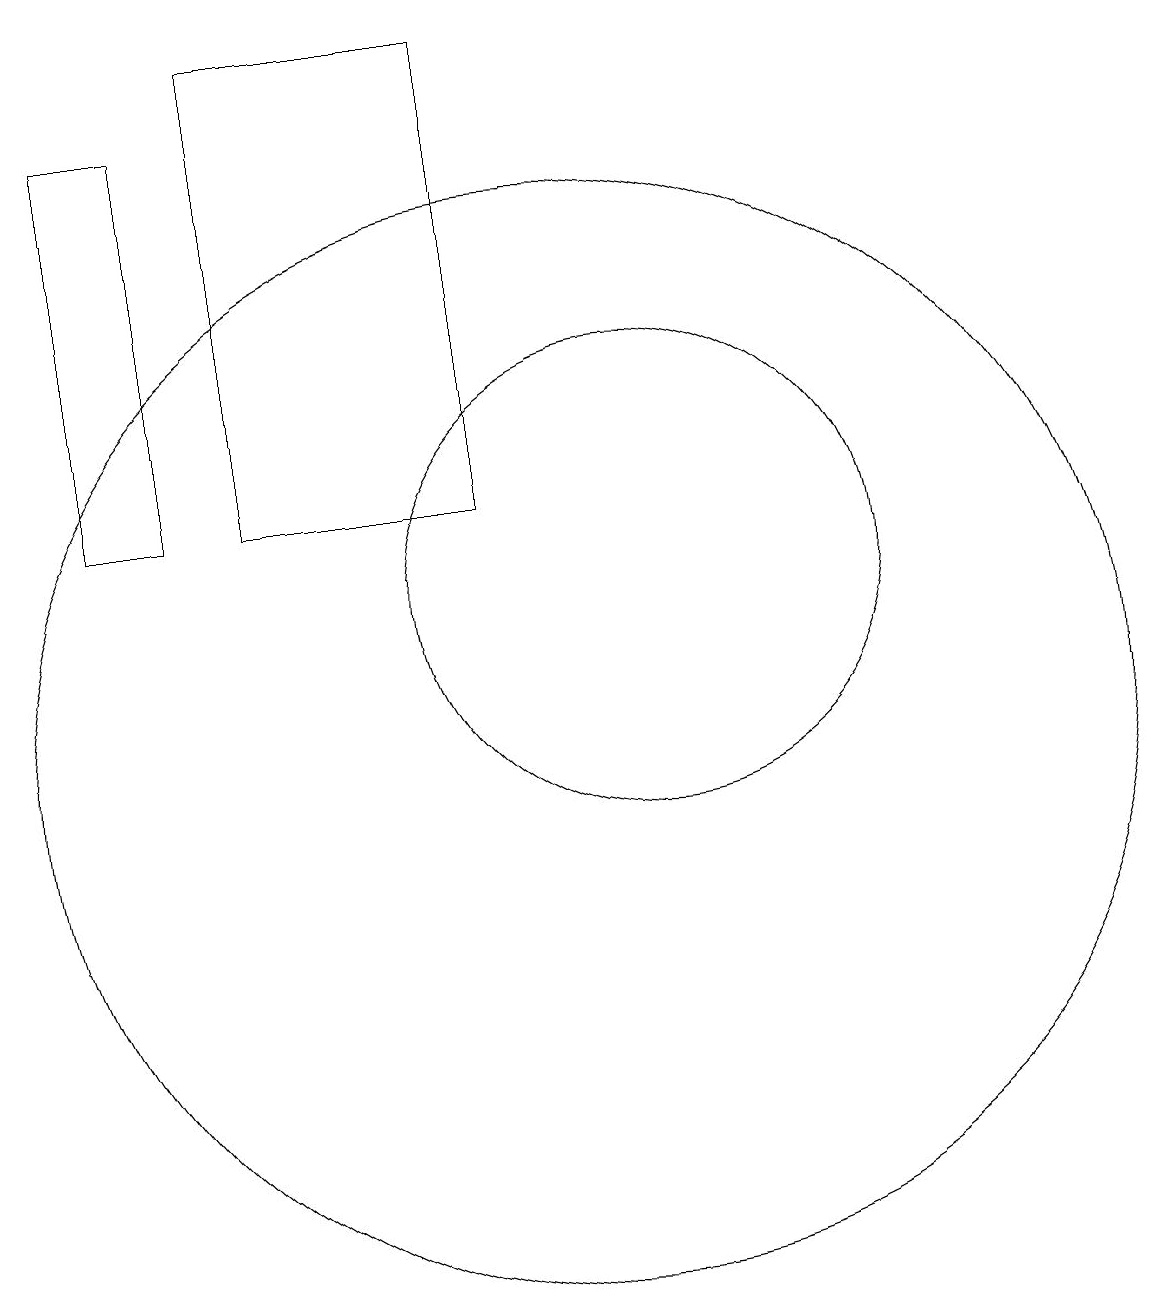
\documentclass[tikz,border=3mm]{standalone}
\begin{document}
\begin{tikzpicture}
\draw (4,13) rectangle (5,18);
\draw (11,12) circle (3);
\draw (10,10) circle (7);
\draw (9,19) rectangle (6,13);
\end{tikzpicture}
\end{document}